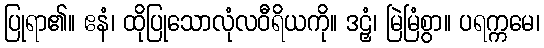
ပြုရာ၏။ ဧနံ၊ ထိုပြုသောလုံလဝီရိယကို။ ဒဠှံ၊ မြဲမြံစွာ။ ပရက္ကမေ၊